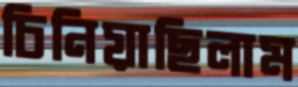
চিনিয়াছিলাম